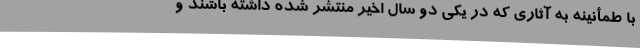
با طمأنینه‌ به آثاری که در یکی دو سال اخیر منتشر شده داشته باشند و